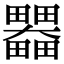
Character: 𤴄